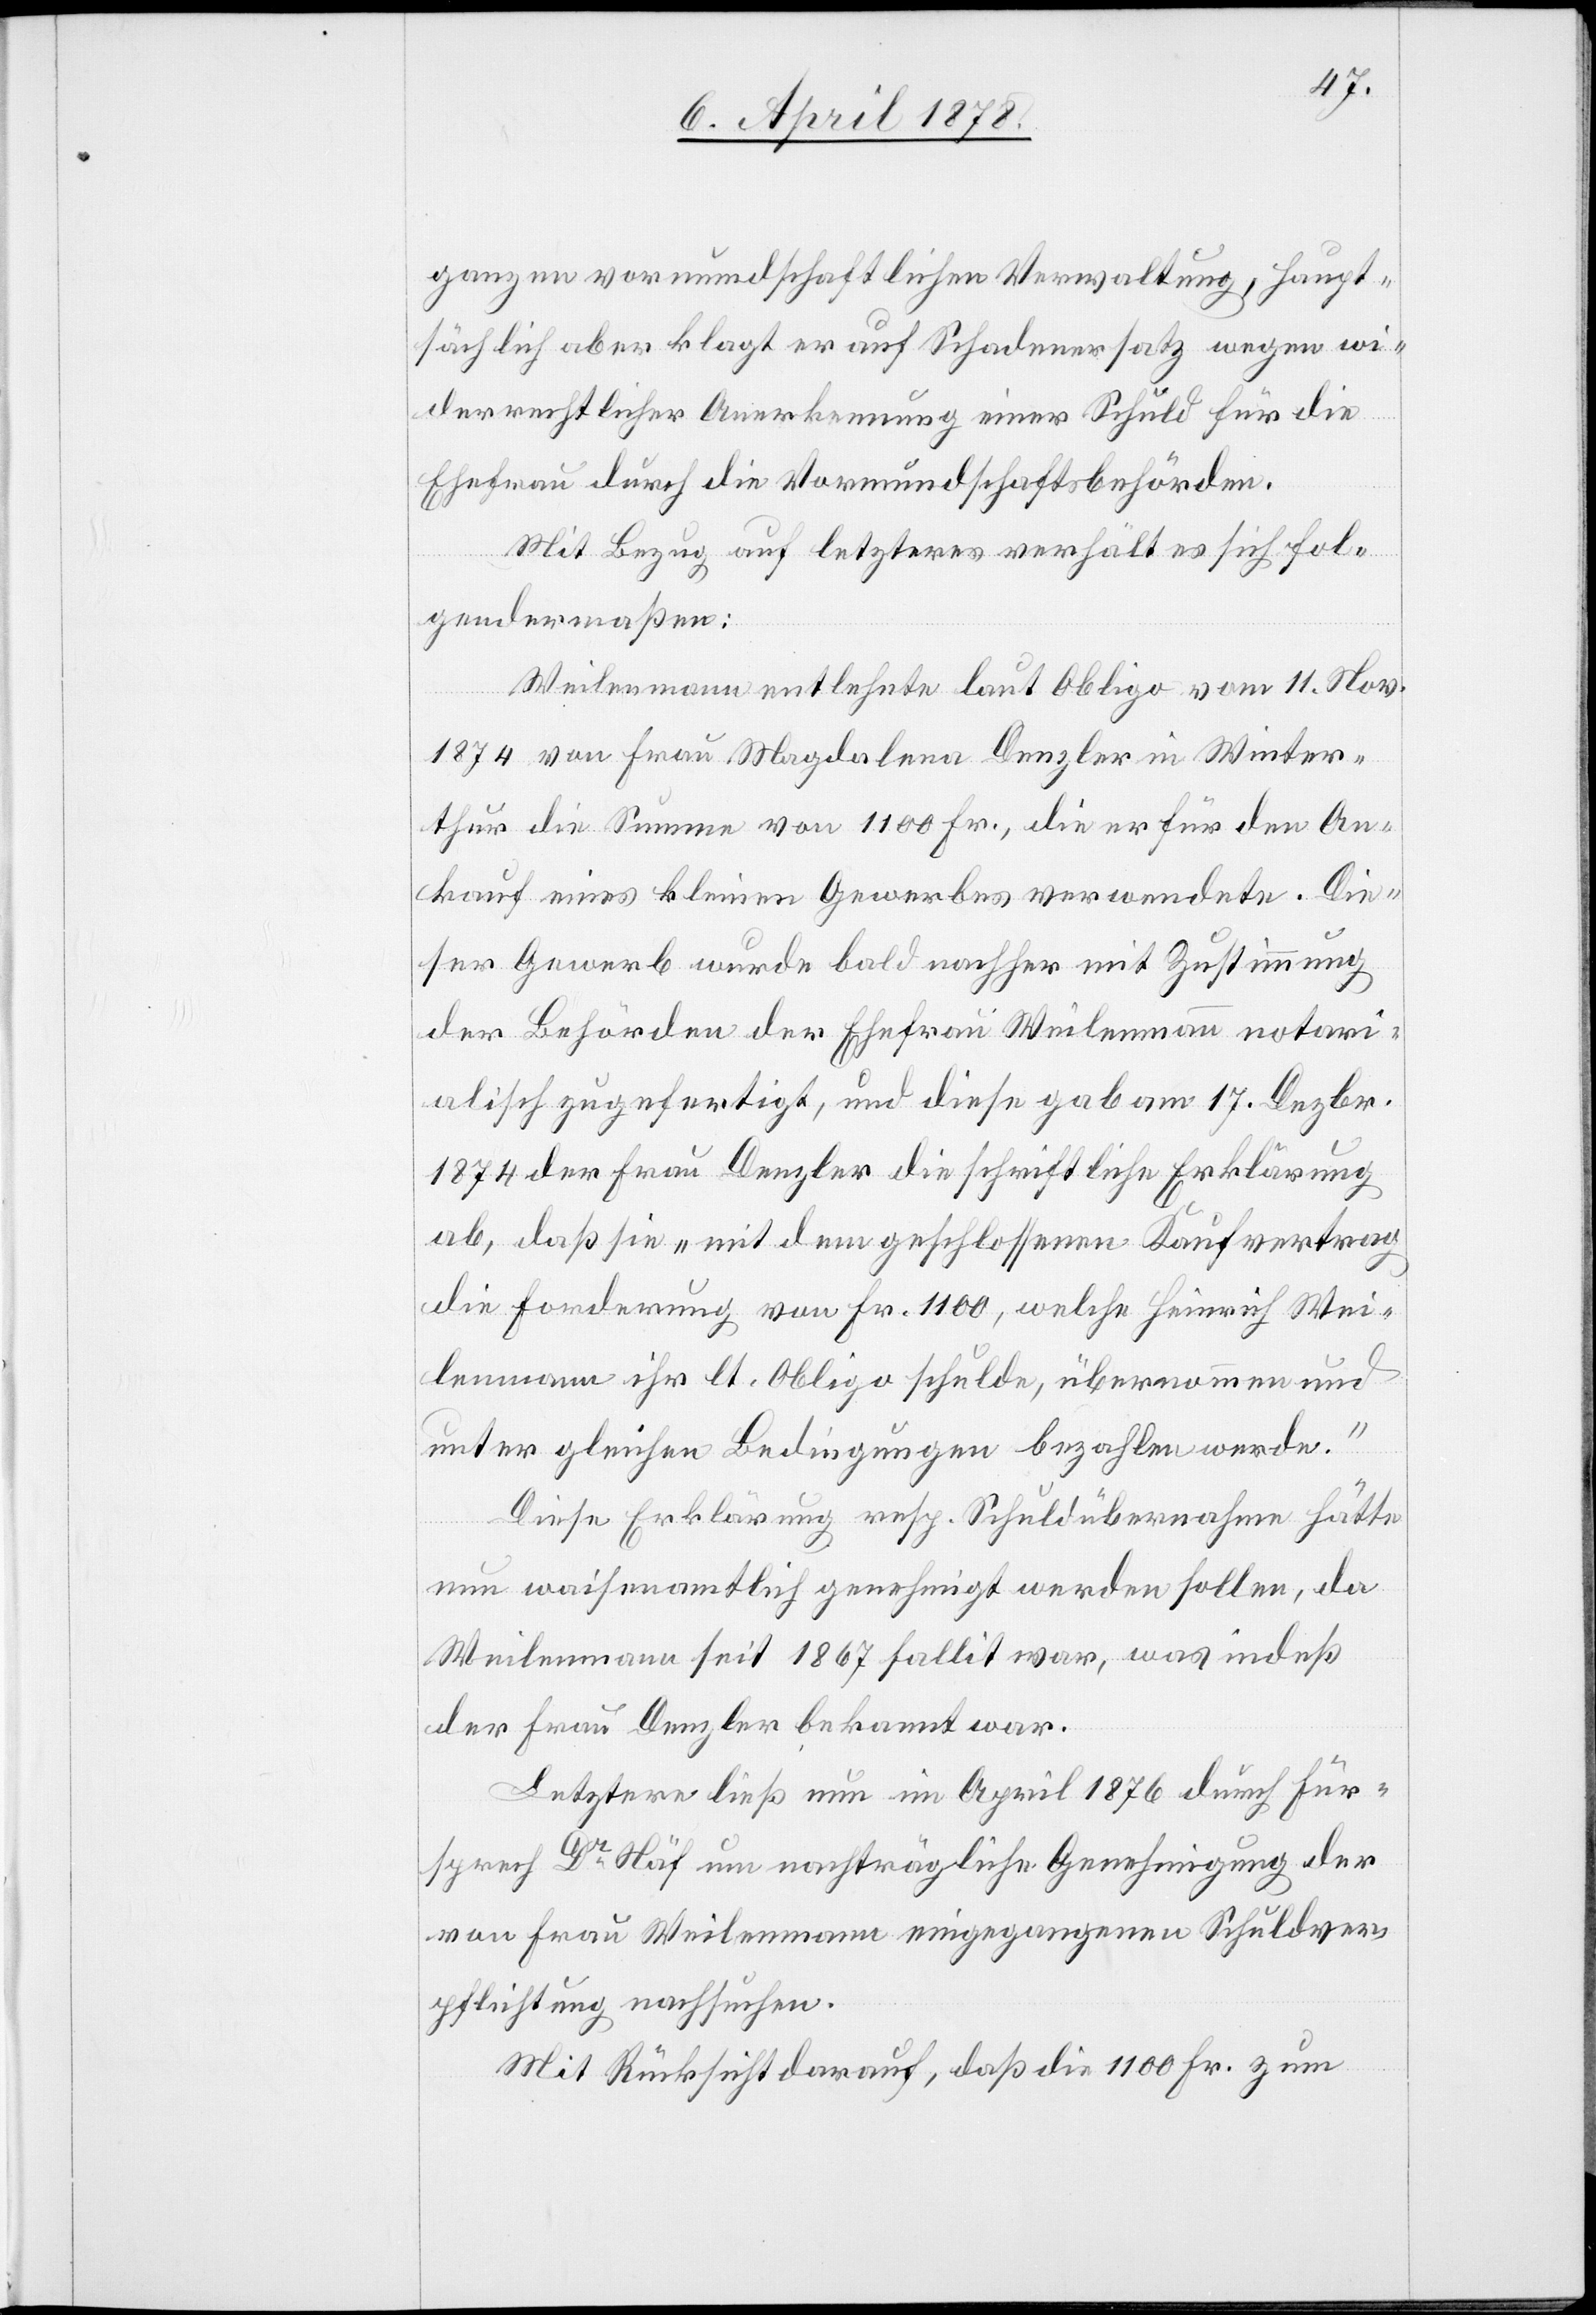
ganzen vormundschaftlichen Verwaltung, haupt¬
sächlich aber klagt er auf Schadenersatz wegen wi¬
derrechtlicher Anerkennung einer Schuld für die
Ehefrau durch die Vormundschaftsbehörden.
Mit Bezug auf letzteres verhält es sich fol¬
gendermaßen:
Weilenmann entlehnte laut Obligo vom 11. Nov.
1874 von Frau Magdalena Denzler in Winter¬
thur die Summe von 1100 Fr., die er für den An¬
kauf eines kleinen Gewerbes verwendete. Die¬
ser Gewerb wurde bald nachher mit Zustimmung
der Behörden der Ehefrau Weilenmann notari¬
alisch zugefertigt, und diese gab am 17. Dezbr.
1874 der Frau Denzler die schriftliche Erklärung
ab, daß sie „mit dem geschlossenen Kaufvertrag
die Forderung von Fr. 1100, welche Heinrich Wei¬
lenmann ihr lt. Obligo schulde, übernommen und
unter gleichen Bedingungen bezahlen werde.“
Diese Erklärung resp. Schuldübernahme hätte
nun waisenamtlich genehmigt werden sollen, da
Weilenmann seit 1867 fallit war, was indeß
der Frau Denzler bekannt war.
Letztere ließ nun im April 1876 durch Für¬
sprech Dr Näf um nachträgliche Genehmigung der
von Frau Weilenmann eingegangenen Schuldver¬
pflichtung nachsuchen.
Mit Rücksicht darauf, daß die 1100 Fr. zum